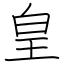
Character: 皇